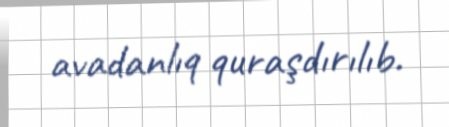
avadanlıq quraşdırılıb.